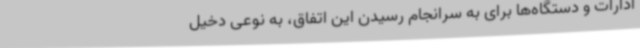
ادارات و دستگاه‌ها برای به سرانجام رسیدن این اتفاق، به نوعی دخیل